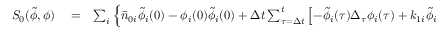
\begin{array} { r l r } { S _ { 0 } ( \tilde { \phi } , \phi ) } & { { } = } & { \sum _ { i } \Big \lbrace \bar { n } _ { 0 i } \tilde { \phi } _ { i } ( 0 ) - \phi _ { i } ( 0 ) \tilde { \phi } _ { i } ( 0 ) + \Delta t \sum _ { \tau = \Delta t } ^ { t } \left[ - \tilde { \phi } _ { i } ( \tau ) \Delta _ { \tau } \phi _ { i } ( \tau ) + k _ { 1 i } \tilde { \phi } _ { i } ( \tau ) - k _ { 2 i } \tilde { \phi } _ { i } ( \tau ) \phi _ { i } ( \tau _ { - } ) \right] } \end{array}